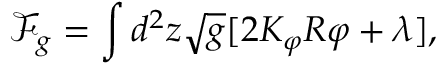
\mathcal F _ { g } = \int d ^ { 2 } z \sqrt { g } [ 2 K _ { \varphi } R \varphi + \lambda ] ,